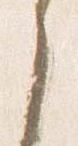
之